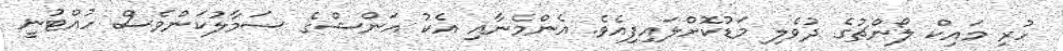
ހުރި މައިކް ލޯންޗުގެ ދުވެލި މަޑުކޮށްލައިފިއެވެ. އެންމެނާއި އެކު އަންޝްގެ ސަމާލުކަންވެސް ހުއްޓުނީ